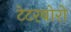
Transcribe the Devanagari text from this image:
टेटरबोरो